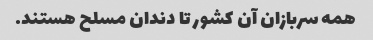
همه سربازان آن کشور تا دندان مسلح هستند.